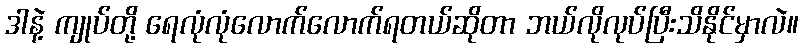
ဒါနဲ့ ကျုပ်တို့ ရေလုံလုံလောက်လောက်ရတယ်ဆိုတာ ဘယ်လိုလုပ်ပြီးသိနိုင်မှာလဲ။